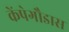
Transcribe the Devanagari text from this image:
केंपेगौडास